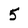
Character: 5